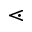
\lessdot